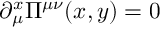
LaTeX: \partial _ { \mu } ^ { x } \Pi ^ { \mu \nu } ( x , y ) = 0